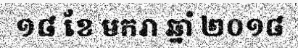
១៨ ខែ មករា ឆ្នាំ ២០១៨